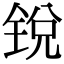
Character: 锐